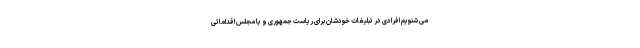
می شنویم افرادی در تبلیغات خودشان برای ریاست جمهوری و یا مجلس اقداماتی